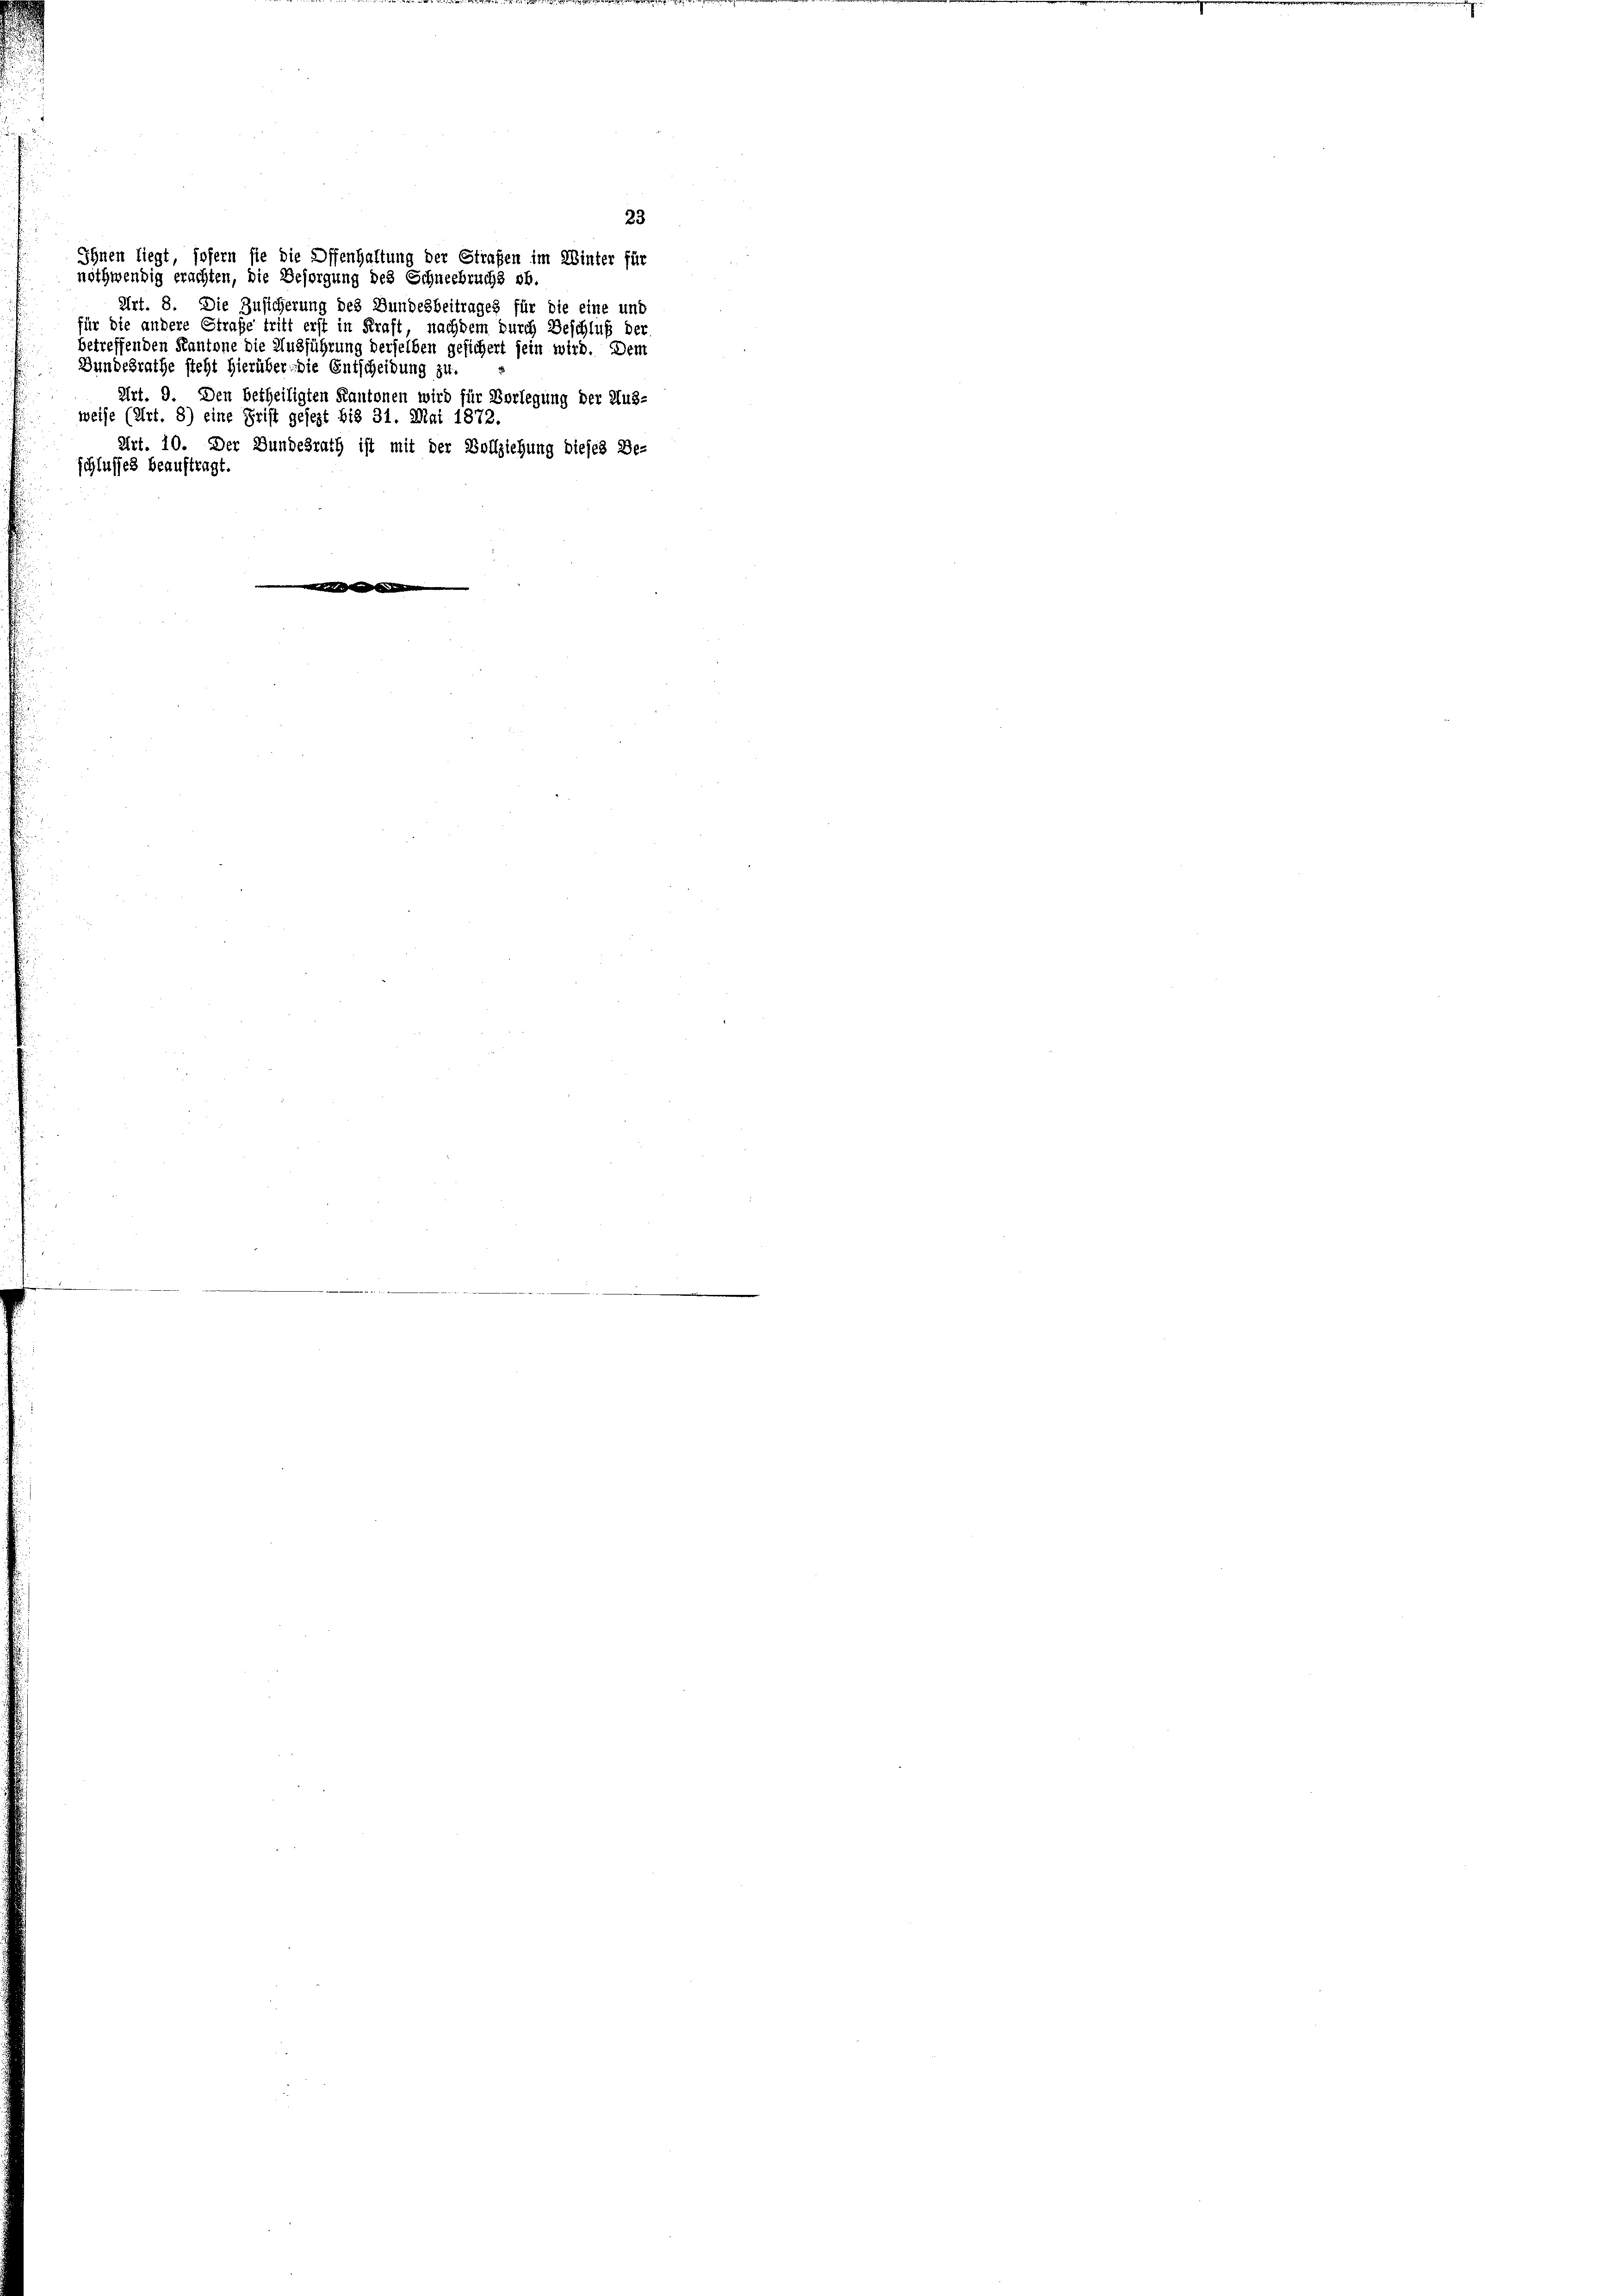
nothwendig erachten, die Besorgung des Schneebruchs »b.

Bundesrathe steht hierüber die Entscheidung zu.
weise (Art. 8) eine Frist gesezt bis 31. Mai 1872.
schlusses beauftragt.

23
Ihnen liegt, sofern sie die Offenhaltung der Strafen im Winter für
Art. 8. Die Zusicherung des Bundesbeitrages für die eine und
für die andere Strafe tritt erst in Kraft, nachdem durch Beschluß der
betreffenden Kantone die Ausführung derselben gesichert sein wird. Dem
Art. 9. Den betheiligten Kantonen wird für Vorlegung der Aus-
Art. 10. Der Bundesrath ist mit der Vollziehung dieses Be-